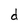
Character: d